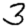
Digit: 3